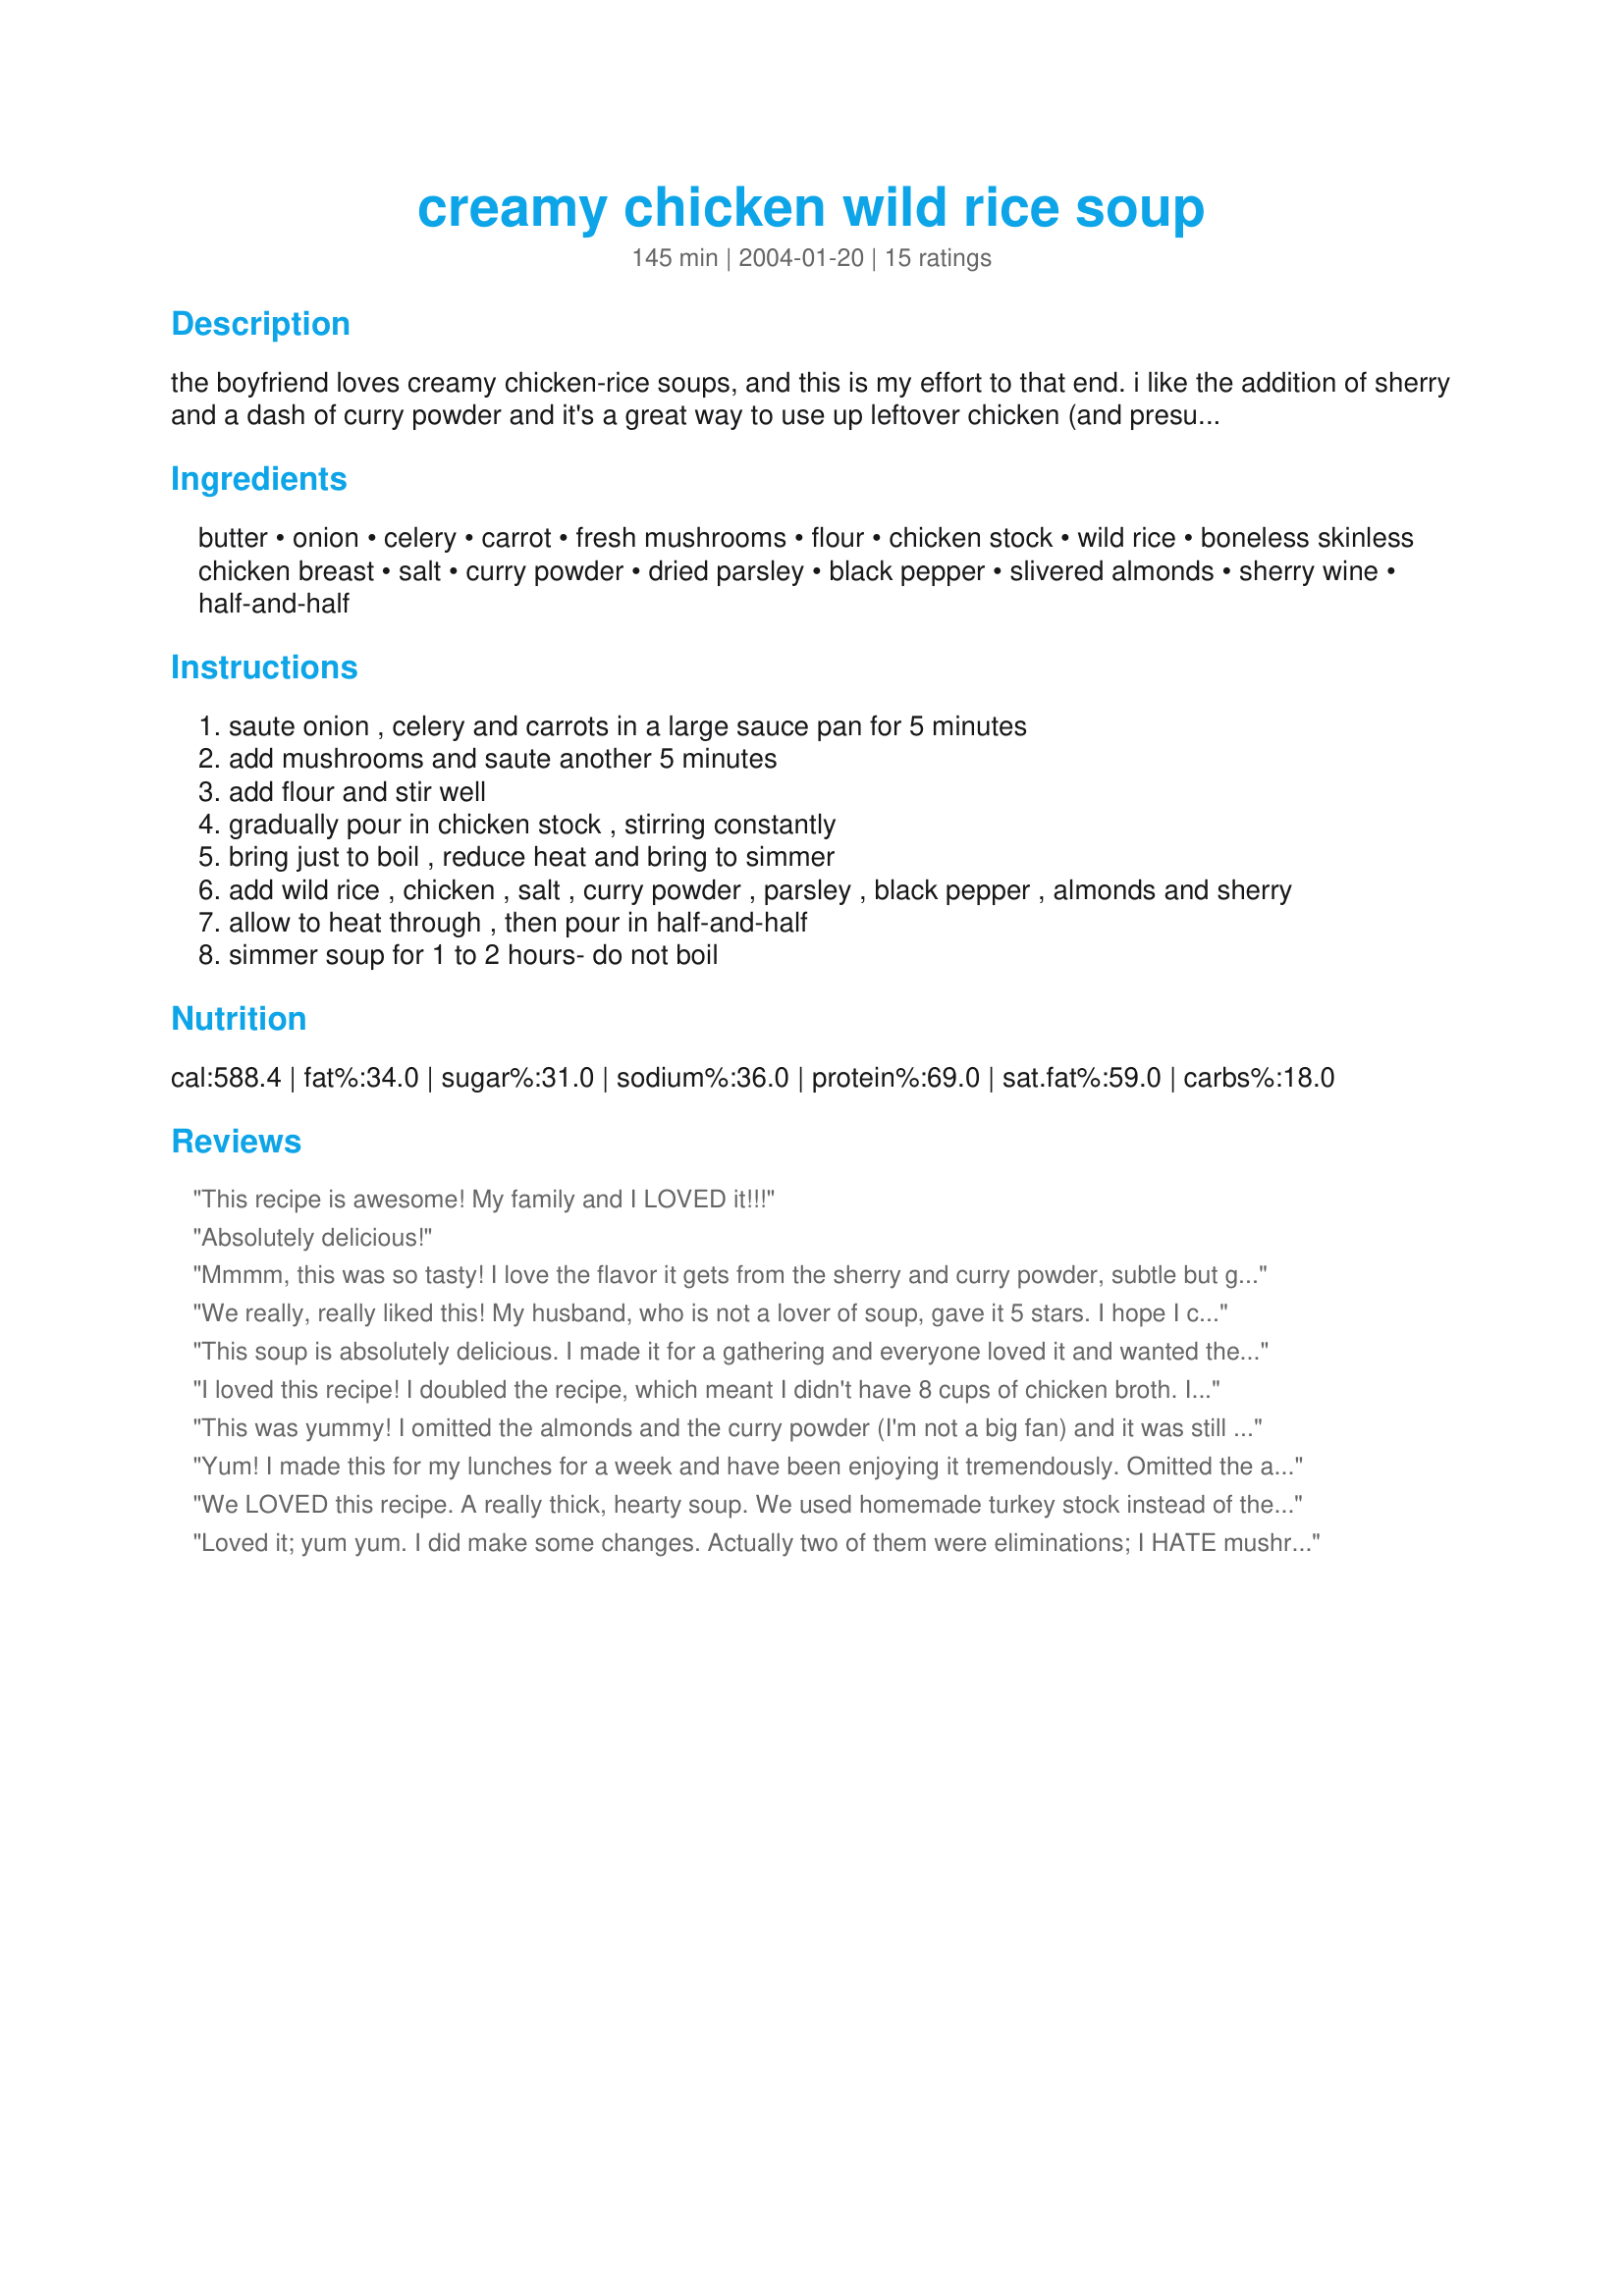
creamy chicken wild rice soup
Preparation time: 145 minutes

the boyfriend loves creamy chicken-rice soups, and this is my effort to that end. i like the addition of sherry and a dash of curry powder and it's a great way to use up leftover chicken (and presumably turkey). this soup will thicken up overnight; it can be thinned with more chicken stock without losing flavor; adjust salt and pepper to taste. almonds are optional but add an interesting crunch; this soup is also

Ingredients:
butter, onion, celery, carrot, fresh mushrooms, flour, chicken stock, wild rice, boneless skinless chicken breast, salt, curry powder, dried parsley, black pepper, slivered almonds, sherry wine, half-and-half

Steps:
saute onion , celery and carrots in a large sauce pan for 5 minutes
add mushrooms and saute another 5 minutes
add flour and stir well
gradually pour in chicken stock , stirring constantly
bring just to boil , reduce heat and bring to simmer
add wild rice , chicken , salt , curry powder , parsley , black pepper , almonds and sherry
allow to heat through , then pour in half-and-half
simmer soup for 1 to 2 hours- do not boil

Reviews:
This recipe is awesome! My family and I LOVED it!!!
Absolutely delicious!
Mmmm, this was so tasty! I love the flavor it gets from the sherry and curry powder, subtle but good. Will definitely make again!
We really, really liked this! My husband, who is not a lover of soup, gave it 5 stars. I hope I can re-create it- I threw in several additional spices and seasonings to give it the full-bodied flavor I was looking for.
*Update: made it again, this time with sour cream instead of the 1/2 &amp; 1/2 and sherry! No additional seasonings needed! I used Kitchen Accomplice Chicken Broth, and didn&#039;t need to add any salt at all.
This soup is absolutely delicious. I made it for a gathering and everyone loved it and wanted the recipe. I made it the night before,put it in the crockpot to warm,added the half-and-half and finished warming. This one is definitely a keeper.
I loved this recipe! I doubled the recipe, which meant I didn't have 8 cups of chicken broth. Instead I put in half broth and half water with chicken bullion cubes. I also used regular milk instead of half and half. One other change was that I just added the rice uncooked, brought the mixture to boiling, and then simmered according to the recipe, knowing the rice would be cooked in time. The texture was perfect. Leftovers were great!
This was yummy! I omitted the almonds and the curry powder (I'm not a big fan) and it was still delicious. It did thicken up significantly while cooking, and I ended up adding almost an extra 2 cups of chicken stock, so be sure to have extra on hand! Thanks for this recipe.
Yum! I made this for my lunches for a week and have been enjoying it tremendously. Omitted the almonds and used Fat Free Half and Half and it tastes great. I cooked the chicken in a crockpot with some water, the parsley (used fresh), curry powder, and some bullion for my chicken stock. Then shredded the chicken and added to the pot as directed. It worked well. The chicken cooked all day and could be smelled outside! :) Will be doing this one again. Thanks!
We LOVED this recipe. A really thick, hearty soup. We used homemade turkey stock instead of the chicken broth, and whole milk instead of half and half. This would be a great recipe for leftover chicken, but we didn't have any, so we cut some chicken breasts into chunks and coated them in curry powder before sauteing them quickly.
Loved it; yum yum. I did make some changes. Actually two of them were eliminations; I HATE mushrooms & didn't have any almonds on hand. I needed to use up my leftovers from Thanksgiving so I replaced the chicken with turkey; and made my own stock from it. My boyfriend said this was the best turkey soup he has ever had. You made me look good!! Thanks for sharing.
I have made this twice following the recipe pretty closely both times. I did omit the almonds and added a litle more rice and eyeballed most of the measurements but both times it was delicious! I took it to my step sister after she had her baby and she later requested the recipe. My picky husband also really enjoyed it.
I love creamy chicken wild rice soup and this one is as good as you can get in a restaurant. I made this and took some to my mothers house she just loved it. Thank you for sharing.
Delicious soup and really easy too. I followed exactly except I didn't have any almonds and I too, like many others had to add more cream because it got too thick. I could have used chicken stock, but I like my soups creamy. One of our favorites!
Yum! I followed the recipe exactly - including measuring the seasonings (unusual for me) and I just want to say that the soup was seasoned perfectly. Neither DH nor I needed to add salt (also unusual for us). The curry is not overpowering in this quantity and I think the almonds add a lot - try not to skip! I thought it was a bit too thick and there wasn't quite enough broth, so I added about 2 more cups of broth and it was still not too thin - between a chowder and a cream soup by my estimation even with the xtra broth. I used leftover turkey instead of chicken. DH thought this soup would be good with pheasant as well. I will make this again for sure.
This is an awesome soup. My whole family really enjoyed it. I made it in a huge quanity (25-31 servings), let it simmer in a huge roaster all day. We froze some for a future trip, just to reheat and eat, and had leftovers for the next day!!! Definately would make it again.
